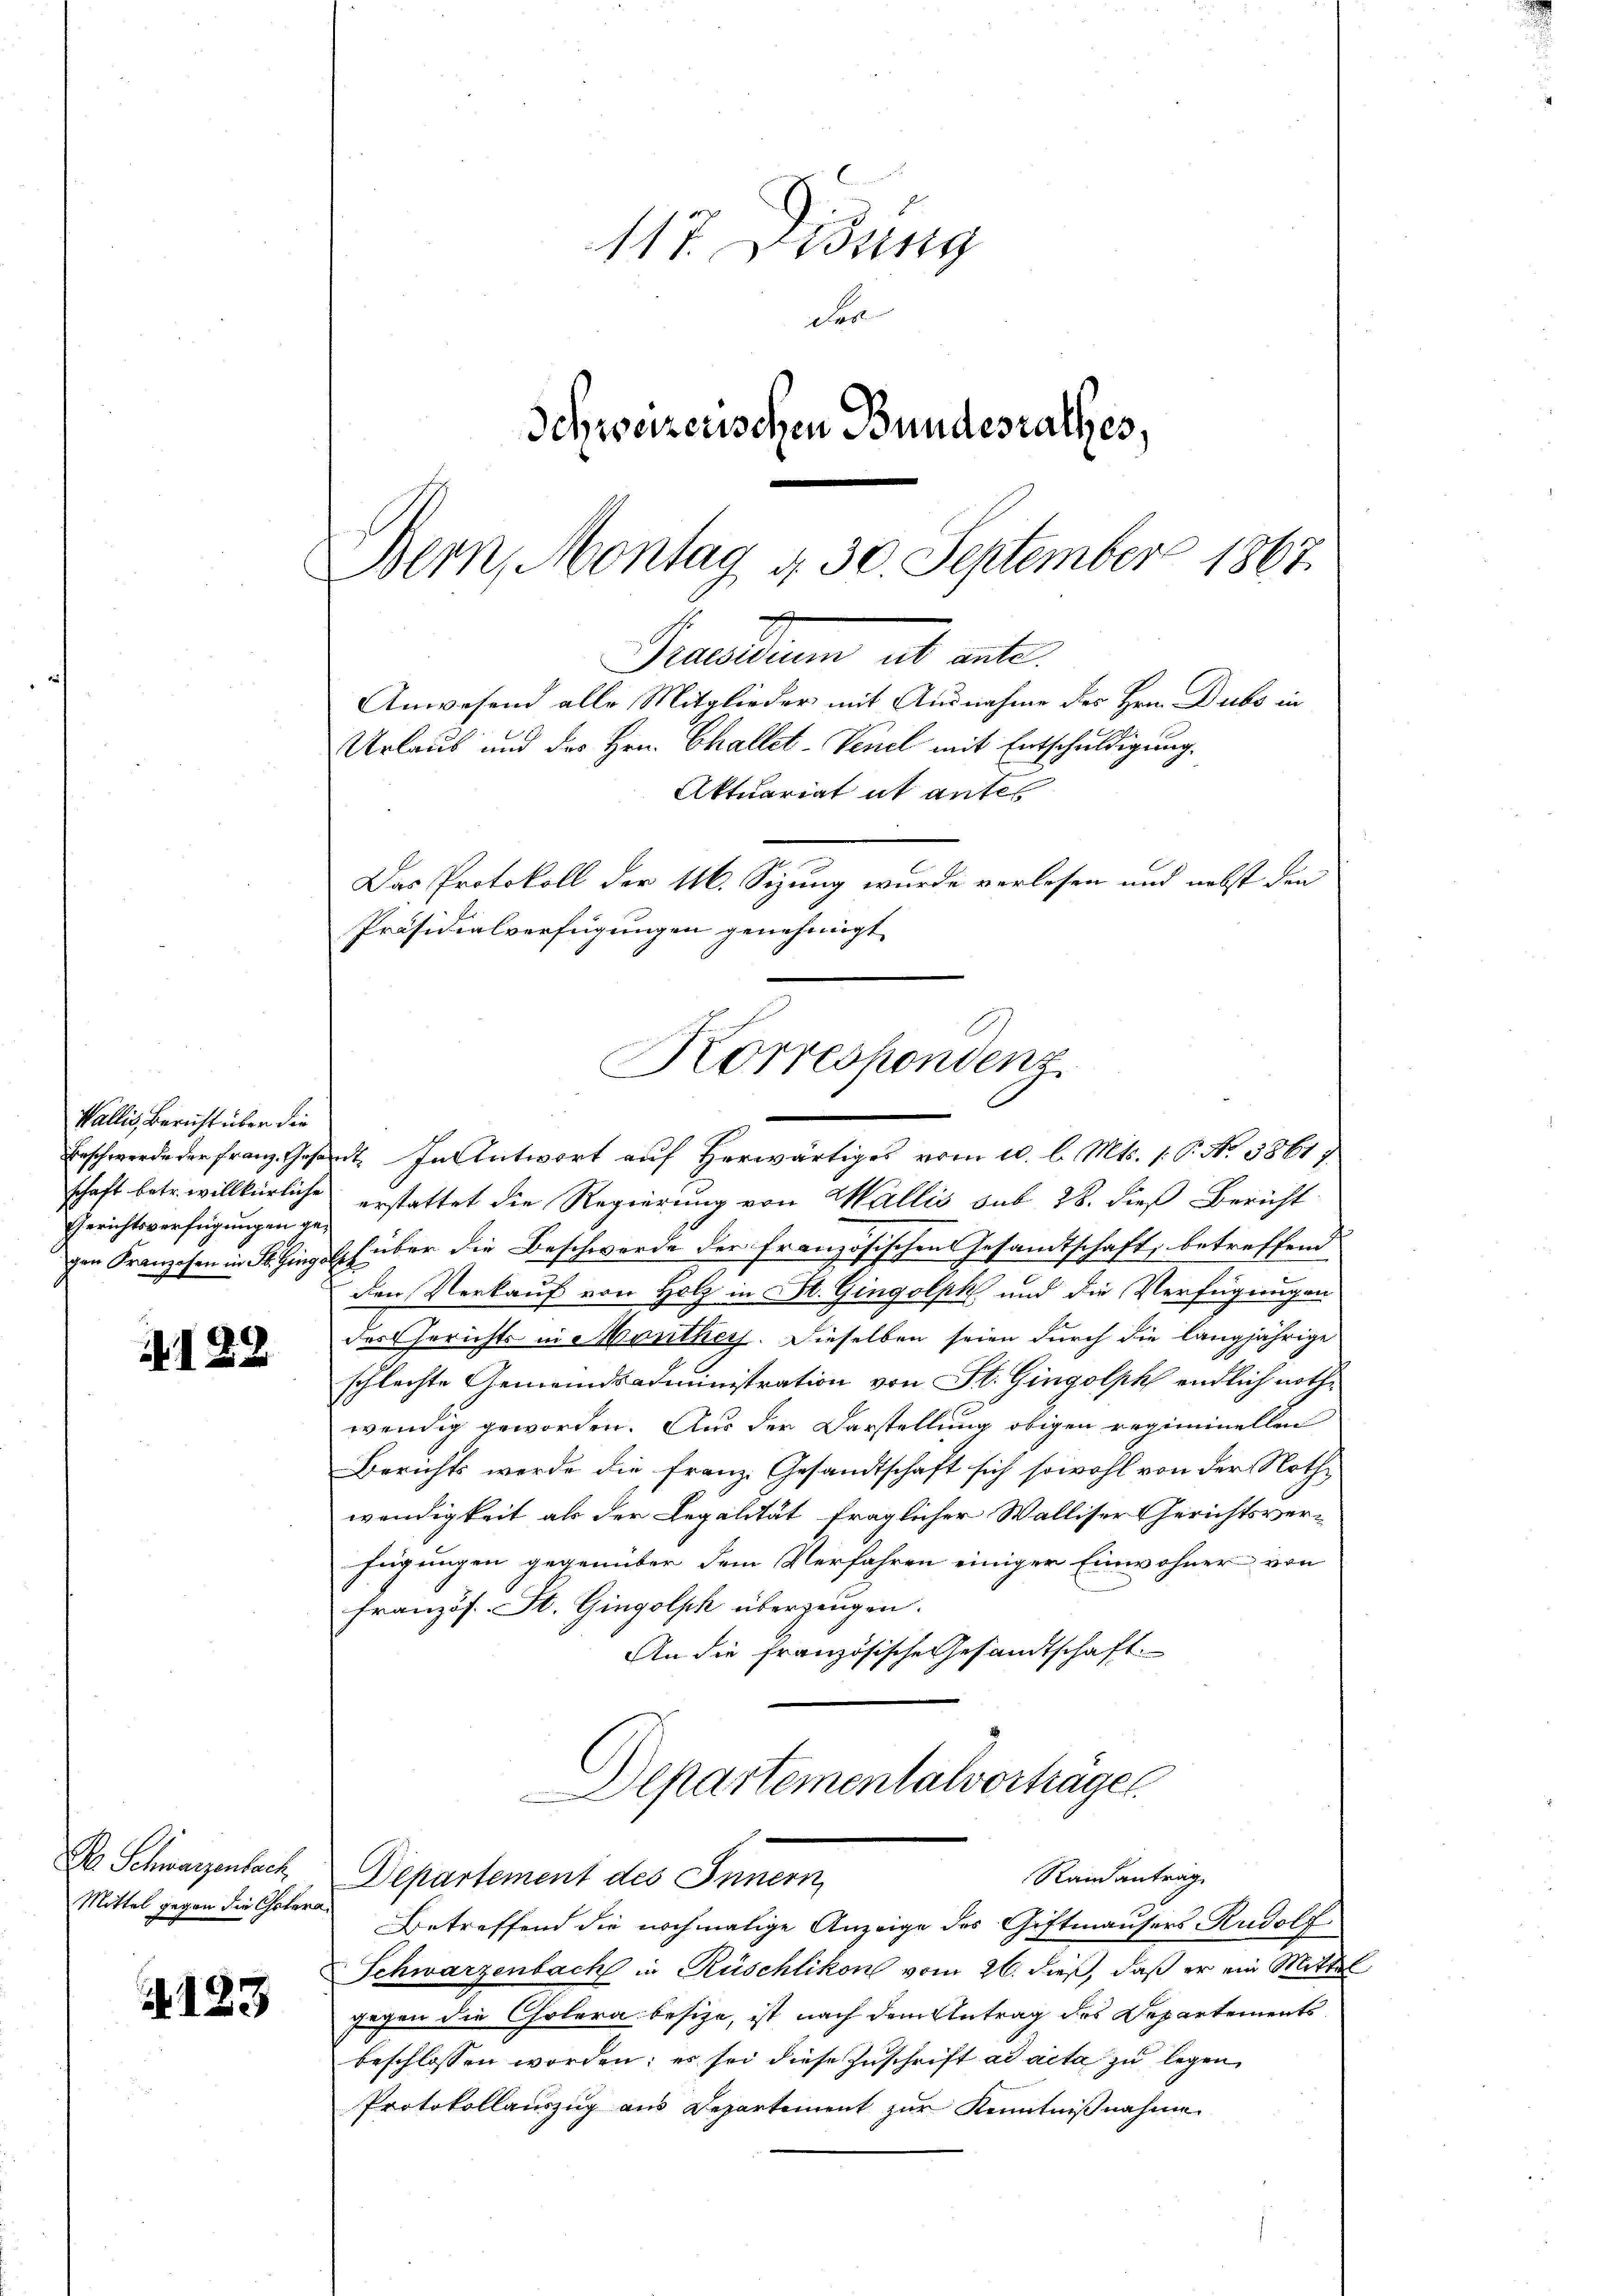
Wallis, Bericht über die
Beschwerde der Franz. Gesa
schaft betr. willkürliche
Gerichtsverfügungen gegen Franzosen in St. Gings

122

Da Schwarzenbach
Mittel gegen die Cholera

Nr. 123

117. Desing
der
Schweizerischen Bundesrathes,

Bern, Montag d. 30 September 1867.
Brachten ab ante
Das Protokoll der 16. Sizung wurde verlesen und nebst den
Präsidialverfügungen genehmigt
Korrespondenz

dt. In Antwort auf Herwärtiges vom 10. l. Mts. 1 P. No. 58617
erstattet die Regierung von Wallis sub 28. dieß Bericht
Ich über die Beschwerde der französischen Gesandtschaft, betreffend
den Verkauf von Holz in St. Gingolpk und die Verfügungen
des Gerichts in Monthor. Dieselben seien durch die langjährige
schlechte Gemeindsadministration von St. Gingolph endlich nothwendig geworden. Aus der Darstellung obigen regiminellen
Berichts werde die Franz. Gesandtschaft sich sowohl von der Nothwendigkeit als der Legalität fraglicher Walliser Gerichtsverfügungen gegenüber dem Verfahren einiger Einwohner von
französ. St. Gingolsch überzeugen.
An die französische Gesandtschaft
Departementalvortragen
Randantrag
Departement des Innern,
Betreffend die nochmalige Anzeige des Giftmäusers Rudolf
Schwarzenbach in Rüschlikon vom 26. dieß, daß er ein Mittel
gegen die Cholera besitze, ist nach dem Antrag des Departements
beschlossen worden; es sei diese Zuschrift ad acta zu legen
Protokollauszug aus Departement zur Kenntnißnahme

Anwesend alle Mitglieder mit Ausnahme des Hrn. Dubs in
Urlaub und des Hrn. Challet Venel mit Entschuldigung.

Aktuariat it antes